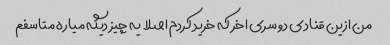
من ازین قنادی دو سری اخر که خرید کردم اصلا یه چیز دیگه میاره متاسفم